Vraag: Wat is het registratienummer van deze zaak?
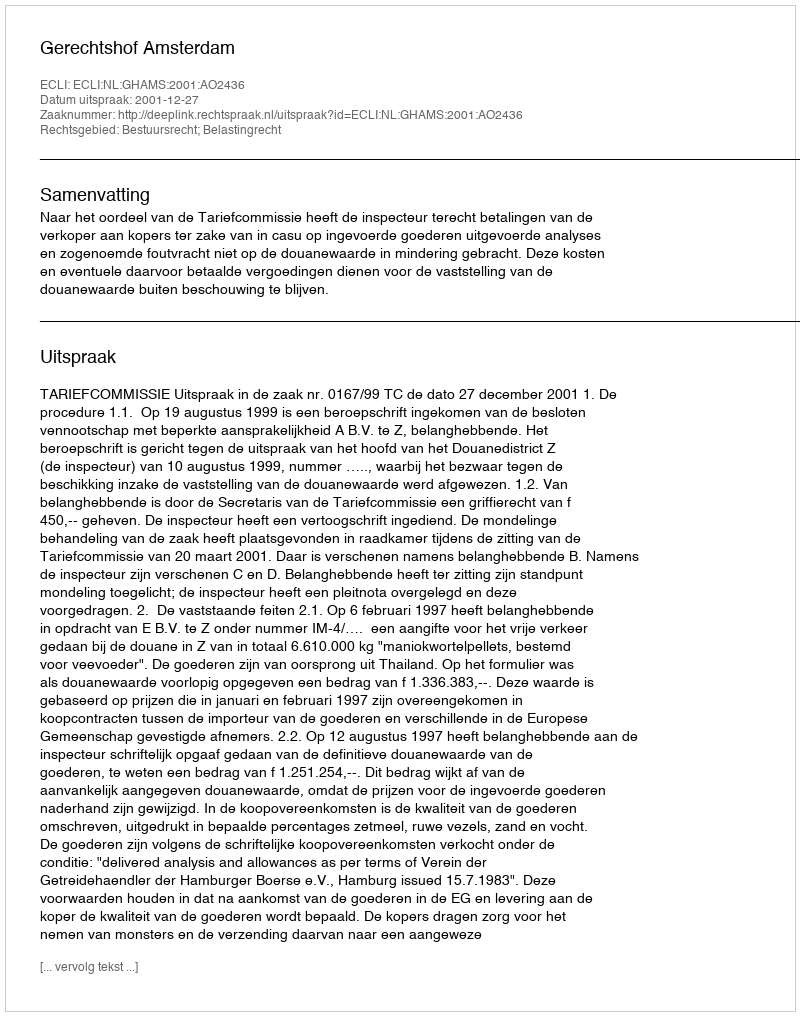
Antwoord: http://deeplink.rechtspraak.nl/uitspraak?id=ECLI:NL:GHAMS:2001:AO2436